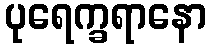
ပုရေက္ခရာနော